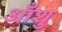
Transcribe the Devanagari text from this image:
आँशु